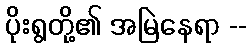
ပိုးရွတို့၏ အမြဲနေရာ --